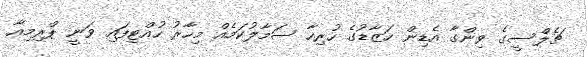
ޗެލްސީގެ ވިންގާ އެޑިން ހަޒާޑުގެ ހުރިހާ ސަމާލުކަމެއް މިހާރު ހުއްޓިފައި ވަނީ ޕްރިމިއާ